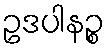
ဥဒပါနဉ္စ